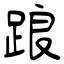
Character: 踉